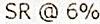
SR @ 6%